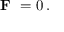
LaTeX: { \textbf { F } } = 0 \, .